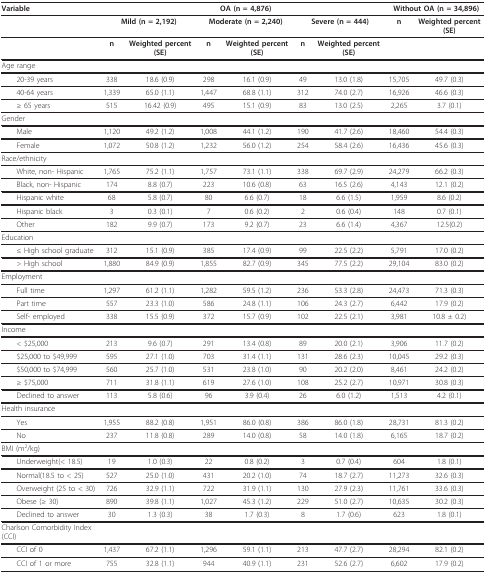
<table><thead><tr><td><b>Variable</b></td><td></td><td></td><td colspan="2"><b>OA (n = 4,876)</b></td><td></td><td></td><td colspan="2"><b>Without OA (n = 34,896)</b></td></tr></thead><tbody><tr><td></td><td colspan="2"><b>Mild (n = 2,192)</b></td><td colspan="2"><b>Moderate (n = 2,240)</b></td><td colspan="2"><b>Severe (n = 444)</b></td><td><b>n</b></td><td><b>Weighted percent (SE)</b></td></tr><tr><td></td><td><b>n</b></td><td><b>Weighted percent (SE)</b></td><td><b>n</b></td><td><b>Weighted percent (SE)</b></td><td><b>n</b></td><td><b>Weighted percent (SE)</b></td><td></td><td></td></tr><tr><td>Age range</td><td></td><td></td><td></td><td></td><td></td><td></td><td></td><td></td></tr><tr><td> 20-39 years</td><td>338</td><td>18.6 (0.9)</td><td>298</td><td>16.1 (0.9)</td><td>49</td><td>13.0 (1.8)</td><td>15,705</td><td>49.7 (0.3)</td></tr><tr><td> 40-64 years</td><td>1,339</td><td>65.0 (1.1)</td><td>1,447</td><td>68.8 (1.1)</td><td>312</td><td>74.0 (2.7)</td><td>16,926</td><td>46.6 (0.3)</td></tr><tr><td> ≥ 65 years</td><td>515</td><td>16.42 (0.9)</td><td>495</td><td>15.1 (0.9)</td><td>83</td><td>13.0 (2.5)</td><td>2,265</td><td>3.7 (0.1)</td></tr><tr><td>Gender</td><td></td><td></td><td></td><td></td><td></td><td></td><td></td><td></td></tr><tr><td> Male</td><td>1,120</td><td>49.2 (1.2)</td><td>1,008</td><td>44.1 (1.2)</td><td>190</td><td>41.7 (2.6)</td><td>18,460</td><td>54.4 (0.3)</td></tr><tr><td> Female</td><td>1,072</td><td>50.8 (1.2)</td><td>1,232</td><td>56.0 (1.2)</td><td>254</td><td>58.4 (2.6)</td><td>16,436</td><td>45.6 (0.3)</td></tr><tr><td>Race/ethnicity</td><td></td><td></td><td></td><td></td><td></td><td></td><td></td><td></td></tr><tr><td> White, non- Hispanic</td><td>1,765</td><td>75.2 (1.1)</td><td>1,757</td><td>73.1 (1.1)</td><td>338</td><td>69.7 (2.9)</td><td>24,279</td><td>66.2 (0.3)</td></tr><tr><td> Black, non- Hispanic</td><td>174</td><td>8.8 (0.7)</td><td>223</td><td>10.6 (0.8)</td><td>63</td><td>16.5 (2.6)</td><td>4,143</td><td>12.1 (0.2)</td></tr><tr><td> Hispanic white</td><td>68</td><td>5.8 (0.7)</td><td>80</td><td>6.6 (0.7)</td><td>18</td><td>6.6 (1.5)</td><td>1,959</td><td>8.6 (0.2)</td></tr><tr><td> Hispanic black</td><td>3</td><td>0.3 (0.1)</td><td>7</td><td>0.6 (0.2)</td><td>2</td><td>0.6 (0.4)</td><td>148</td><td>0.7 (0.1)</td></tr><tr><td> Other</td><td>182</td><td>9.9 (0.7)</td><td>173</td><td>9.2 (0.7)</td><td>23</td><td>6.6 (1.4)</td><td>4,367</td><td>12.5(0.2)</td></tr><tr><td>Education</td><td></td><td></td><td></td><td></td><td></td><td></td><td></td><td></td></tr><tr><td> ≤ High school graduate</td><td>312</td><td>15.1 (0.9)</td><td>385</td><td>17.4 (0.9)</td><td>99</td><td>22.5 (2.2)</td><td>5,791</td><td>17.0 (0.2)</td></tr><tr><td> &gt; High school</td><td>1,880</td><td>84.9 (0.9)</td><td>1,855</td><td>82.7 (0.9)</td><td>345</td><td>77.5 (2.2)</td><td>29,104</td><td>83.0 (0.2)</td></tr><tr><td>Employment</td><td></td><td></td><td></td><td></td><td></td><td></td><td></td><td></td></tr><tr><td> Full time</td><td>1,297</td><td>61.2 (1.1)</td><td>1,282</td><td>59.5 (1.2)</td><td>236</td><td>53.3 (2.8)</td><td>24,473</td><td>71.3 (0.3)</td></tr><tr><td> Part time</td><td>557</td><td>23.3 (1.0)</td><td>586</td><td>24.8 (1.1)</td><td>106</td><td>24.3 (2.7)</td><td>6,442</td><td>17.9 (0.2)</td></tr><tr><td> Self- employed</td><td>338</td><td>15.5 (0.9)</td><td>372</td><td>15.7 (0.9)</td><td>102</td><td>22.5 (2.1)</td><td>3,981</td><td>10.8 ± 0.2)</td></tr><tr><td>Income</td><td></td><td></td><td></td><td></td><td></td><td></td><td></td><td></td></tr><tr><td> &lt; $25,000</td><td>213</td><td>9.6 (0.7)</td><td>291</td><td>13.4 (0.8)</td><td>89</td><td>20.0 (2.1)</td><td>3,906</td><td>11.7 (0.2)</td></tr><tr><td> $25,000 to $49,999</td><td>595</td><td>27.1 (1.0)</td><td>703</td><td>31.4 (1.1)</td><td>131</td><td>28.6 (2.3)</td><td>10,045</td><td>29.2 (0.3)</td></tr><tr><td> $50,000 to $74,999</td><td>560</td><td>25.7 (1.0)</td><td>531</td><td>23.8 (1.0)</td><td>90</td><td>20.2 (2.0)</td><td>8,461</td><td>24.2 (0.2)</td></tr><tr><td> ≥ $75,000</td><td>711</td><td>31.8 (1.1)</td><td>619</td><td>27.6 (1.0)</td><td>108</td><td>25.2 (2.7)</td><td>10,971</td><td>30.8 (0.3)</td></tr><tr><td> Declined to answer</td><td>113</td><td>5.8 (0.6)</td><td>96</td><td>3.9 (0.4)</td><td>26</td><td>6.0 (1.2)</td><td>1,513</td><td>4.2 (0.1)</td></tr><tr><td>Health insurance</td><td></td><td></td><td></td><td></td><td></td><td></td><td></td><td></td></tr><tr><td> Yes</td><td>1,955</td><td>88.2 (0.8)</td><td>1,951</td><td>86.0 (0.8)</td><td>386</td><td>86.0 (1.8)</td><td>28,731</td><td>81.3 (0.2)</td></tr><tr><td> No</td><td>237</td><td>11.8 (0.8)</td><td>289</td><td>14.0 (0.8)</td><td>58</td><td>14.0 (1.8)</td><td>6,165</td><td>18.7 (0.2)</td></tr><tr><td>BMI (m<sup>2</sup>/kg)</td><td></td><td></td><td></td><td></td><td></td><td></td><td></td><td></td></tr><tr><td> Underweight(&lt; 18.5)</td><td>19</td><td>1.0 (0.3)</td><td>22</td><td>0.8 (0.2)</td><td>3</td><td>0.7 (0.4)</td><td>604</td><td>1.8 (0.1)</td></tr><tr><td> Normal(18.5 to &lt; 25)</td><td>527</td><td>25.0 (1.0)</td><td>431</td><td>20.2 (1.0)</td><td>74</td><td>18.7 (2.7)</td><td>11,273</td><td>32.6 (0.3)</td></tr><tr><td> Overweight (25 to &lt; 30)</td><td>726</td><td>32.9 (1.1)</td><td>722</td><td>31.9 (1.1)</td><td>130</td><td>27.9 (2.3)</td><td>11,761</td><td>33.6 (0.3)</td></tr><tr><td> Obese (≥ 30)</td><td>890</td><td>39.8 (1.1)</td><td>1,027</td><td>45.3 (1.2)</td><td>229</td><td>51.0 (2.7)</td><td>10,635</td><td>30.2 (0.3)</td></tr><tr><td> Declined to answer</td><td>30</td><td>1.3 (0.3)</td><td>38</td><td>1.7 (0.3)</td><td>8</td><td>1.7 (0.6)</td><td>623</td><td>1.8 (0.1)</td></tr><tr><td>Charlson Comorbidity Index (CCI)</td><td></td><td></td><td></td><td></td><td></td><td></td><td></td><td></td></tr><tr><td> CCI of 0</td><td>1,437</td><td>67.2 (1.1)</td><td>1,296</td><td>59.1 (1.1)</td><td>213</td><td>47.7 (2.7)</td><td>28,294</td><td>82.1 (0.2)</td></tr><tr><td> CCI of 1 or more</td><td>755</td><td>32.8 (1.1)</td><td>944</td><td>40.9 (1.1)</td><td>231</td><td>52.6 (2.7)</td><td>6,602</td><td>17.9 (0.2)</td></tr></tbody></table>